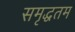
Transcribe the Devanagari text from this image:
समृद्धतम